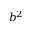
b ^ { 2 }